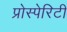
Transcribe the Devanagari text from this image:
प्रोस्पेरिटी